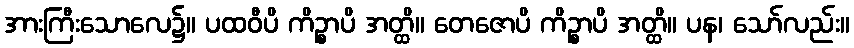
အားကြီးသောလေ၌။ ပထဝီပိ ကိဉ္စာပိ အတ္ထိ။ တေဇောပိ ကိဉ္စာပိ အတ္ထိ။ ပန၊ သော်လည်း။